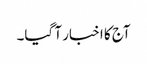
آج کا اخبار آ گیا۔